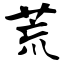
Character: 荒